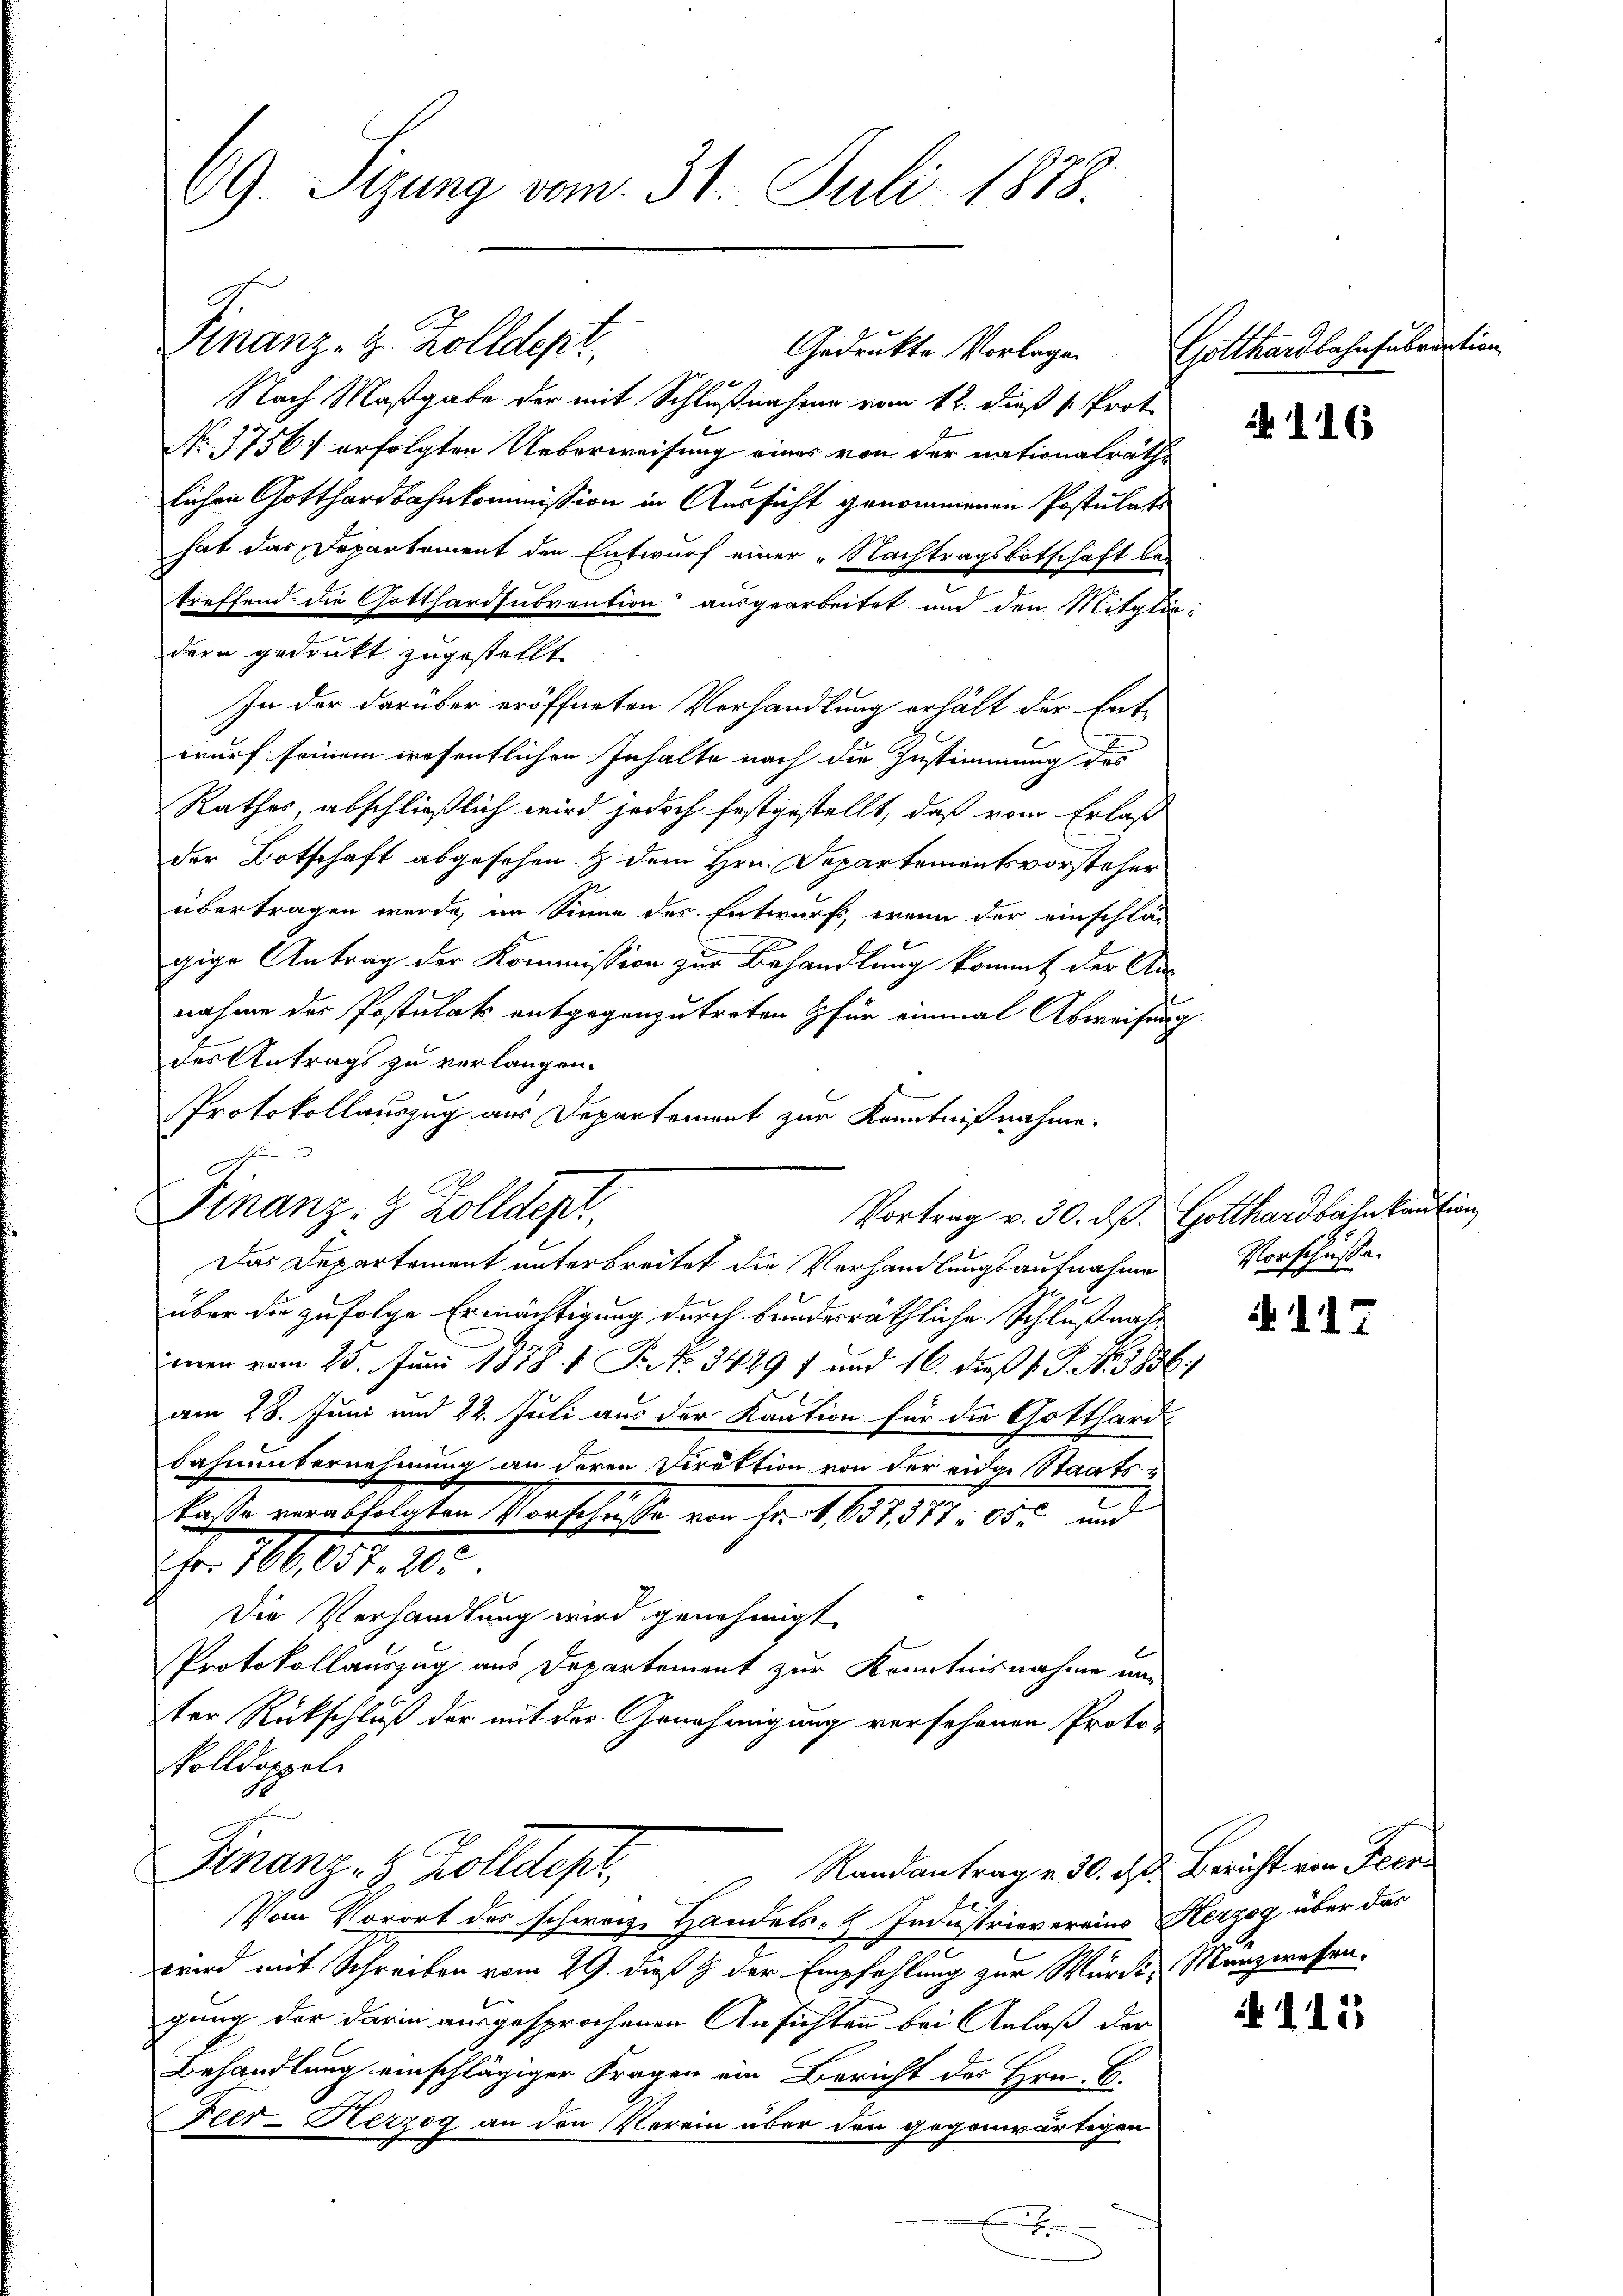
69. Sizung vom 31. Juli 1878.

Finanz- Z. Zolldept,
Nach Maßgabe der mit Schlußnahme vom 12. dieß u. Prot.
No. 1756 erfolgten Ueberweisung eines von der nationalräthe
lichen Gotthardbahnkommission in Aussicht genommenen Postulats
hat das Departement den Entwurf einer „Nachtragsbotschaft bei
treffend die Gotthardsubvention ausgearbeitet, und den Mitglie
dern gedrukt zugestellt.
In der darüber eröffneten Verhandlung erhält der Ent-
wurf seinem wesentlichen Inhalte nach die Zustimmung des
Rathes, abschließlich wird jedoch festgestellt, daß vom Erlaß
der Botschaft abgesehen & dem Hrn. Departementsvorsteher
übertragen werde, im Sinne des Entwurfs, wenn der einschlä-
gige Antrag der Kommission zur Behandlung kommt der An-
nahme der Postulats entgegenzutreten & für einmal Abweisung
des Antrags zu verlangen.
Protokollauszug aus Departement zur Kenntnißnahme.
F
Finanz- & Zolldep
Das Departement unterbreitet die Verhandlungsaufnahme
über die zufolge Ermächtigung durch bundesräthliche Schlußnate
imen vom 23. Juni 1878 f. Pietr. 3429 f und 16. daß 1. P. Nr. 3856,
am 18. Juni und 22. Juli aus der Kaution für die Gotthard-
bahnunternehmung an deren Direktion von der eider Staatskasse verabfolgten Vorschüsse von Fr. 4, 657. 517 05c und
Fr. 186158. 20.
Die Verhandlung wird genehmigt
Protokollauszug aus Departement zur Kenntnisnahme un
ter Rückschluß der mit der Genehmigung versehenen Proto-
olldoppel
Finanz- 8 Zolldept,
 Randantragen 30. d. Bericht von Feer
Vom Vorort des schweize Handels- H. Industrievereins Herzog über das
wird mit Schreiben vom 29. dieß & der Empfehlung zur Würde, Manzeressen.
gung der darin ausgesprochenen Ansichten bei Anlaß der
Behandlung einschlägiger Fragen ein Bericht des Hrn. B.
Fier-Kerzog an den Verein über den gegenwärtigen

x

Gedrukte Vorlagen

Gotthardbahnsubventin

r

.

.

116

Vortrag v. 30. ds. Gotthardbahn kaution
Vorschüssen

11

115